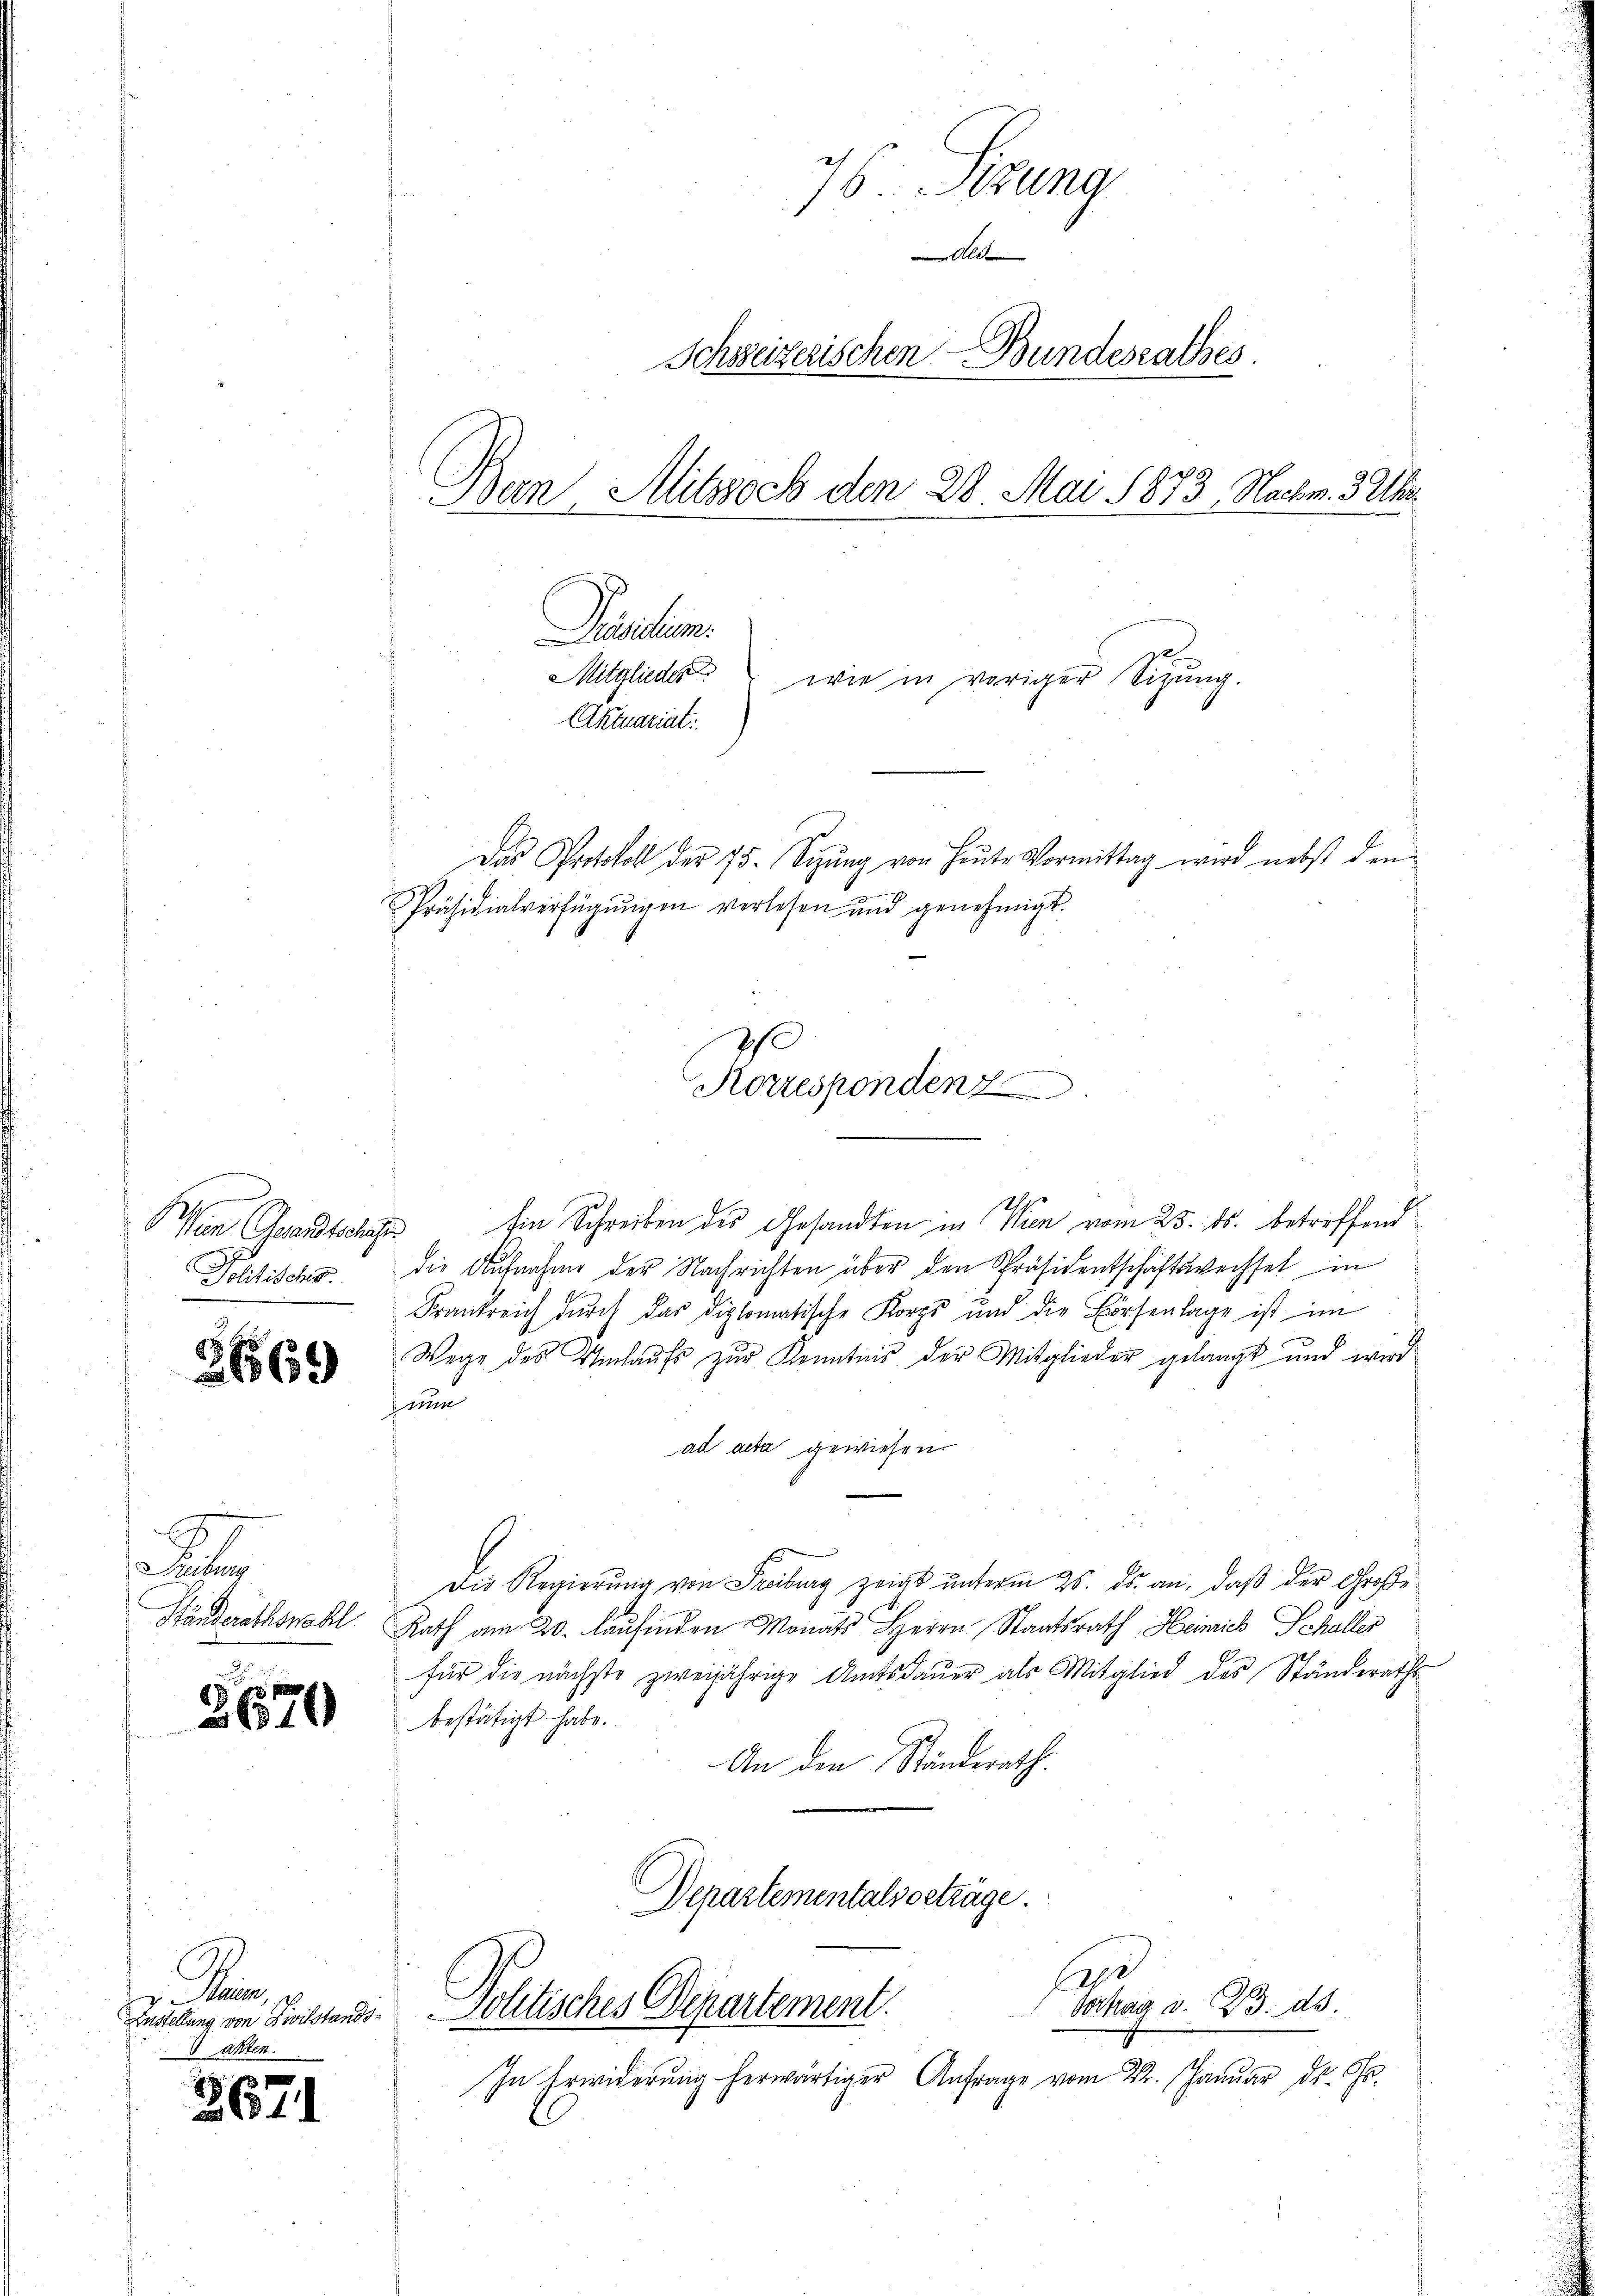
en Gesandtschehe

3669

Ei
rettung
u

2670

er Bern,
Anstellung von Zivilstands¬
 Akten.

2671

76. Sizung
Als
Schsseizerischen Bundesrathes.
Bern Alitzsoch den 28. Mai 1873, Nachm. 3 Uhr
Pischem
Mitglieder wie in voriger Sigŭng.
Aktuariat.

Präsidialverfügŭngen verlesen und genehmigt.

Ein Schreiben des Gesandten in Wien vom 25. ds. betreffend
Politisches. Die Aufnahme der Nachrichten über den Präsidentschäftswechsel in
Frankreich durch das diplomatische Korps und die Hörsenlage ist im
Wege des Umlaufs zur Kenntnis der Mitglieder gelangt und wird
zeum
ad acta gewiesen.
.
Die Regierung von Freiburg zeigt unterm 25. ds. an, daß der Große
Händerathswahl. Rath am 20. laufenden Monats Herrn Staatsrath Heinrich Schaller
für die nächste zweijährige Amtsdauer als Mitglied des Ständeraths
bestätigt habe.
An den Ständerath.
Departementalsbeträge.

Politisches Departement.

Koruspendenz
.

Das Protokoll der 75. Sizung von Heute Vormittag wird nebst den

In Erwiderung herwärtiger Anfrage vom 22. Januar ds Chr.

Sofay v. 23. ds.
.

d